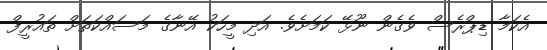
އެކަމާ ޑިޕްރެސް ވެގެން ނޫޅޭ ކަމަށެވެ. އަދި މީހަކު އޭނާގެ މަސައްކަތަށް ތައުރީފް